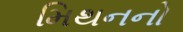
મિથનનો